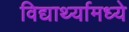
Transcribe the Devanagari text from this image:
विद्यार्थ्यामध्ये